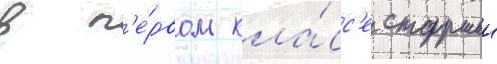
в п'е́рвом кла́сс'е старшеи